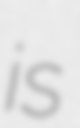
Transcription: is